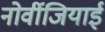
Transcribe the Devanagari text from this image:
नोर्वीजियाई